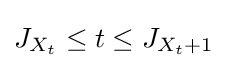
J_{X_{t}}\leq t\leq J_{X_{t}+1}